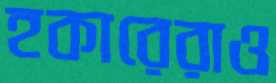
হকারেরাও